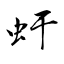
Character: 虶